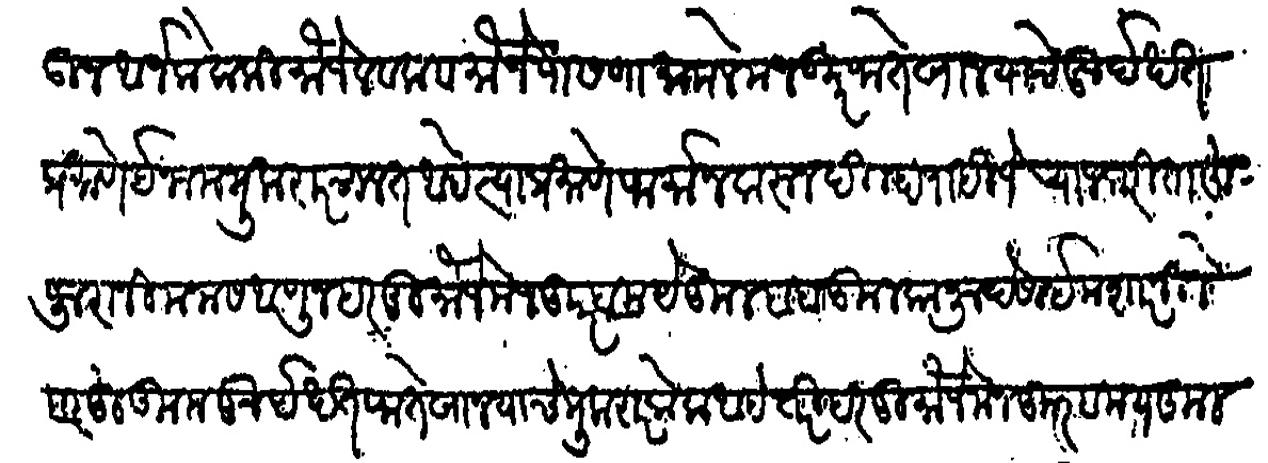
Transliteration (Devanagari): येऊन अर्ज केला की मौजे लवला व मौजे पासणा मामले मजकूर फतेखान याचे खुर्द खत प्रमाणे ईनाम मुकरर चालत आहे त्याप्रमाणे फर्मान करून दिल्हा पाहिजे याजकरिता हुजुरांनी मनास आणून हर दू मौजे मजकूर बमये कुल बाब कूलकानू देसाई मशारनीले बर हुकुम खुर्द खत फतेखान याचे मुकरार केला आहे तरी हर दू मौजे मजकूर बमय कूल